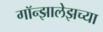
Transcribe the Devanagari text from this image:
गॉन्झालेझच्या